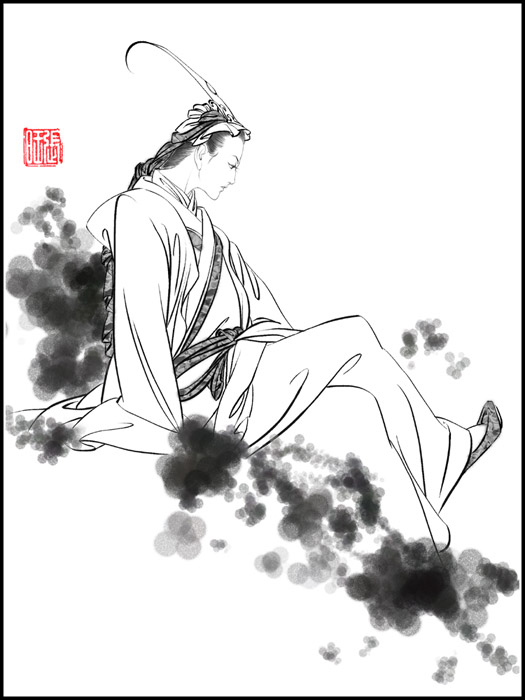
月色穿帘风入竹，倚屏双黛愁时。